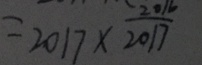
= 2 0 1 7 \times \frac { 2 0 1 6 } { 2 0 1 7 }